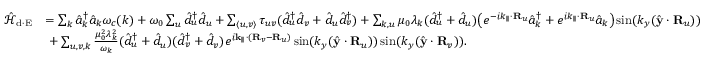
\begin{array} { r l } { \mathcal { \hat { H } } _ { \mathrm { d \cdot E } } } & { = \sum _ { { \boldsymbol k } } \hat { a } _ { { \boldsymbol k } } ^ { \dagger } \hat { a } _ { { \boldsymbol k } } \omega _ { c } ( { \boldsymbol k } ) + \omega _ { 0 } \sum _ { u } \hat { d } _ { u } ^ { \dagger } \hat { d } _ { u } + \sum _ { \langle u , v \rangle } \tau _ { u v } ( \hat { d } _ { u } ^ { \dagger } \hat { d } _ { v } + \hat { d } _ { u } \hat { d } _ { v } ^ { \dagger } ) + \sum _ { { \boldsymbol k } , u } \mu _ { 0 } \lambda _ { \boldsymbol k } ( \hat { d } _ { u } ^ { \dagger } + \hat { d } _ { u } ) \big ( e ^ { - i { \boldsymbol k _ { \parallel } } \cdot { \bf R } _ { u } } \hat { a } _ { { \boldsymbol k } } ^ { \dagger } + e ^ { i { \boldsymbol k _ { \parallel } } \cdot { \bf R } _ { u } } \hat { a } _ { { \boldsymbol k } } \big ) \sin ( { k _ { y } } ( \hat { \bf y } \cdot { \bf R } _ { u } ) ) } \\ & { ~ + \sum _ { u , v , { \boldsymbol k } } { \frac { \mu _ { 0 } ^ { 2 } \lambda _ { \boldsymbol k } ^ { 2 } } { { \omega _ { \boldsymbol k } } } } ( \hat { d } _ { u } ^ { \dagger } + \hat { d } _ { u } ) ( \hat { d } _ { v } ^ { \dagger } + \hat { d } _ { v } ) e ^ { i { \bf k } _ { \parallel } \cdot ( { \bf R } _ { v } - { \bf R } _ { u } ) } \sin ( { k _ { y } } ( \hat { \bf y } \cdot { \bf R } _ { u } ) ) \sin ( { k _ { y } } ( \hat { \bf y } \cdot { \bf R } _ { v } ) ) . } \end{array}